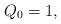
LaTeX: \begin{align*} Q_0=1, \end{align*}